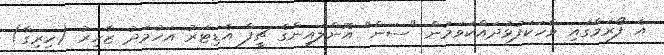
އެ ފޯރަމްގައި ވާހަކަފުޅުދައްކަވަމުން "ސަން" އޮންލައިންގެ ޗީފް އެޑިޓަރު އަހުމަދު ޒާހިރު (ހިރިގާ)